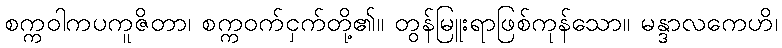
စက္ကဝါကပကူဇိတာ၊ စက္ကဝက်ငှက်တို့၏။ တွန်မြူးရာဖြစ်ကုန်သော။ မန္ဒာလကေဟိ၊